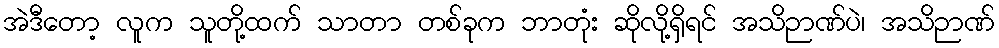
အဲဒီတော့ လူက သူတို့ထက် သာတာ တစ်ခုက ဘာတုံး ဆိုလို့ရှိရင် အသိဉာဏ်ပဲ၊ အသိဉာဏ်